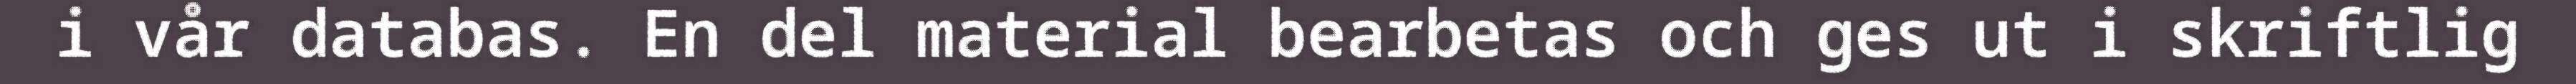
i vår databas. En del material bearbetas och ges ut i skriftlig